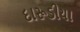
દારૂડીયા